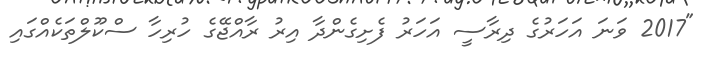
"2017 ވަނަ އަހަރުގެ ދިރާސީ އަހަރު ފެށިގެންދާ އިރު ރާއްޖޭގެ ހުރިހާ ސްކޫލްތަކެއްގައި